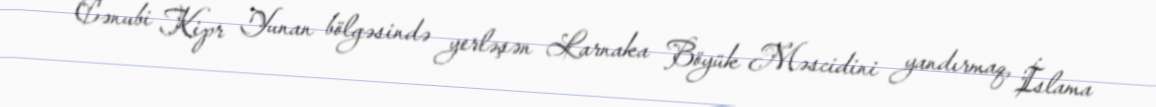
Cənubi Kipr Yunan bölgəsində yerləşən Larnaka Böyük Məscidini yandırmaq, İslama